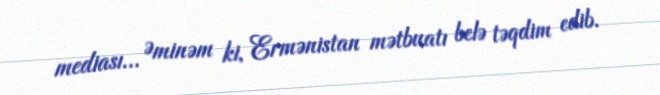
mediası... Əminəm ki, Ermənistan mətbuatı belə təqdim edib.